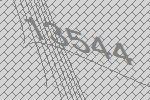
13544